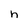
Character: n